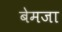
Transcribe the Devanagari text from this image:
बेमजा